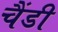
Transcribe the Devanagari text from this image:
चैंडी